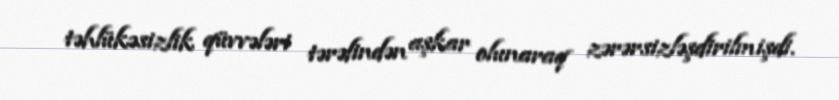
təhlükəsizlik qüvvələri tərəfindən aşkar olunaraq zərərsizləşdirilmişdi.